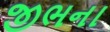
જીભના